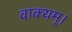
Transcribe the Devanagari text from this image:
वाक्यम्।